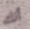
أنك